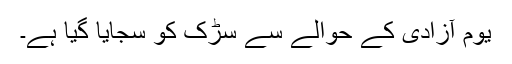
یوم آزادی کے حوالے سے سڑک کو سجایا گیا ہے۔